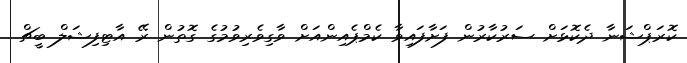
ކޮރަޕްޝަނާ ދެކޮޅަށް ސަރުކާރުން ފަށާފައިވާ ކެމްޕެއިންއަށް ވާގިވެރިވުމުގެ ގޮތުން ރޭ އާޓިފިޝަލް ބީޗް